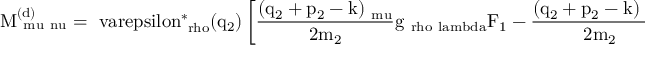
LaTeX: \mathrm { M _ { \ m u \ n u } ^ { ( d ) } = \ v a r e p s i l o n _ { \ r h o } ^ { \ast } ( q _ { 2 } ) \left[ \frac { ( q _ { 2 } + p _ { 2 } - k ) _ { \ m u } } { 2 m _ { 2 } } g _ { \ r h o \ l a m b d a } F _ { 1 } - \frac { ( q _ { 2 } + p _ { 2 } - k ) _ { \ m u } } { 2 m _ { 2 } } \frac { k _ { \ r h o } k _ { \ l a m b d a } } { 2 m _ { 2 } ^ { 2 } } F _ { 2 } - \Sigma _ { \ r h o \ l a m b d a } ^ { \ m u \ a l p h a } \frac { k _ { \ a l p h a } } { 2 m _ { 2 } } F _ { 3 } \right] \times }